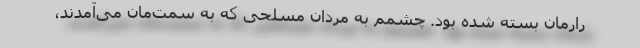
رارمان بسته شده بود. چشمم به مردان مسلّحی که به سمت‌مان می‌آمدند،